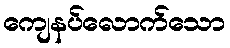
ကျေနပ်လောက်သော